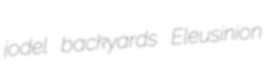
jodel backyards Eleusinion